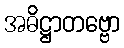
အဓိဋ္ဌာတဗ္ဗော